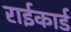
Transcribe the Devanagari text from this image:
राईकार्ड